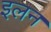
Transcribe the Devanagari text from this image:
इलन